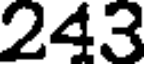
243